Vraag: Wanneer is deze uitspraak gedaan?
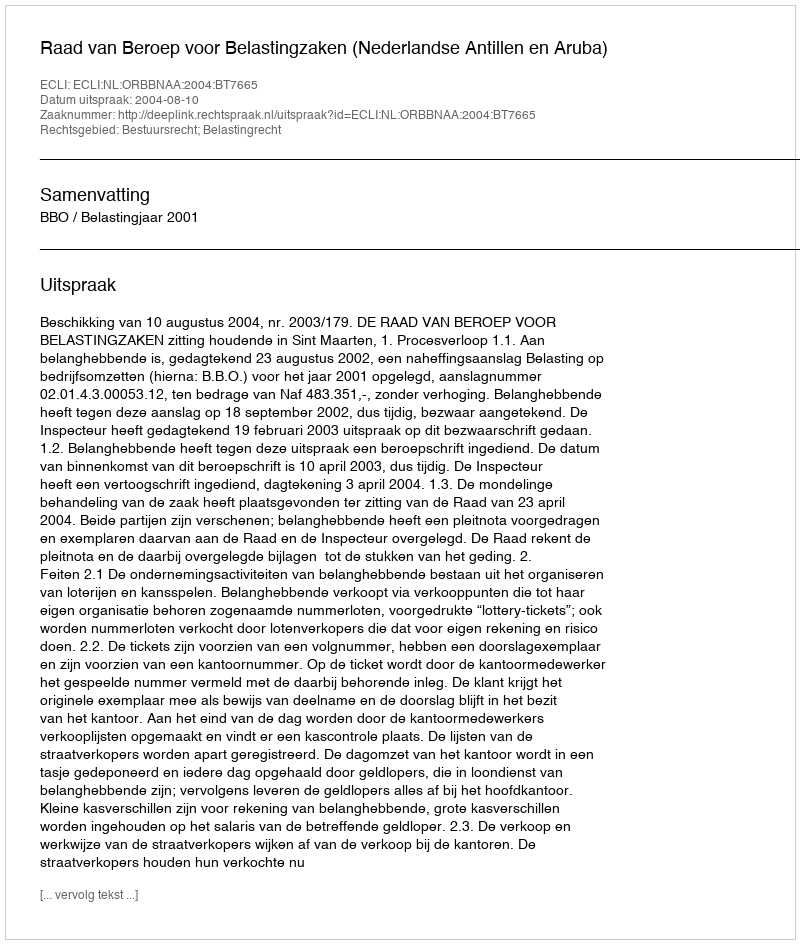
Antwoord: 2004-08-10